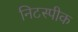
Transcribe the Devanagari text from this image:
निटस्पीक